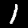
Label: 1